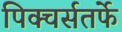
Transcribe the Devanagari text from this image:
पिक्चर्सतर्फे